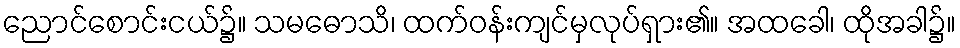
ညောင်စောင်းငယ်၌။ သမဓောသိ၊ ထက်ဝန်းကျင်မှလုပ်ရှား၏။ အထခေါ၊ ထိုအခါ၌။